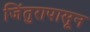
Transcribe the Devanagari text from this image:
जिंतुरापासून